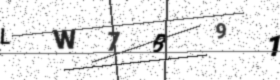
Text: LW7B91